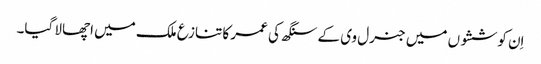
اِن کوششوں میں جنرل وی کے سنگھ کی عمر کا تنازع ملک میں اچھالا گیا۔